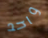
واحد